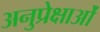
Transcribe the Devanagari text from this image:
अनुप्रेक्षाओं